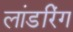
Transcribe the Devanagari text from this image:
लांडरिंग